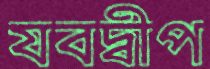
যবদ্বীপ